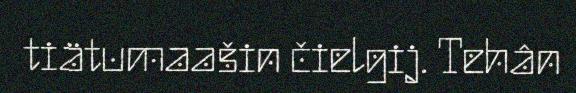
tiätumaašin čielgij. Tehân